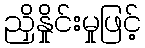
ညှိနှိုင်းမှုဖြင့်